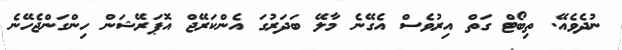
ނުދެވެއޭ. ތިބޯޓް ގަތް އިރުވެސް އެގޭނެ މާލޭ ބަދަރުގަ އެންކަރޭޖް އޮޕަރޭޝަން ހިންގަންޖެހޭނެ